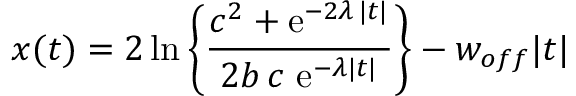
x ( t ) = 2 { \, \mathrm { l n } } \left\{ { \frac { c ^ { 2 } + \mathrm { e } ^ { - 2 \lambda \, | t | } } { 2 b \, c \ \mathrm { e } ^ { - \lambda | t | } } } \right\} - w _ { o f f } | t |